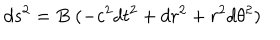
d s ^ { 2 } = B \; ( - c ^ { 2 } d t ^ { 2 } + d r ^ { 2 } + r ^ { 2 } d \theta ^ { 2 } )